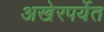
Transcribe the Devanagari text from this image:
अखेरपर्येत